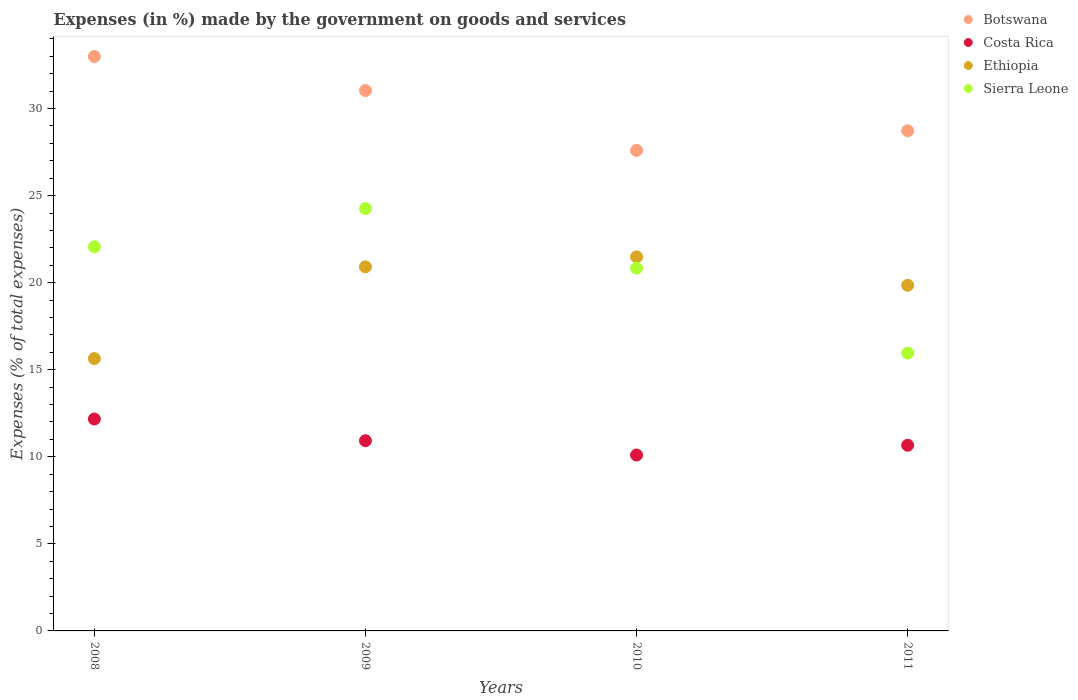
| Years | Botswana | Costa Rica | Ethiopia | Sierra Leone |
 | --- | --- | --- | --- | --- |
 | 2008 | 33 | 12.2 | 15.6 | 22.1 |
 | 2009 | 31 | 10.9 | 20.9 | 24.3 |
 | 2010 | 27.6 | 10.1 | 21.5 | 20.8 |
 | 2011 | 28.7 | 10.7 | 19.8 | 16 |